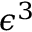
\epsilon ^ { 3 }